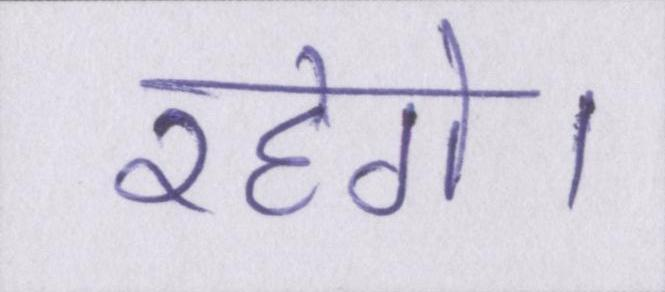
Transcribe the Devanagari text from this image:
रहेगे।